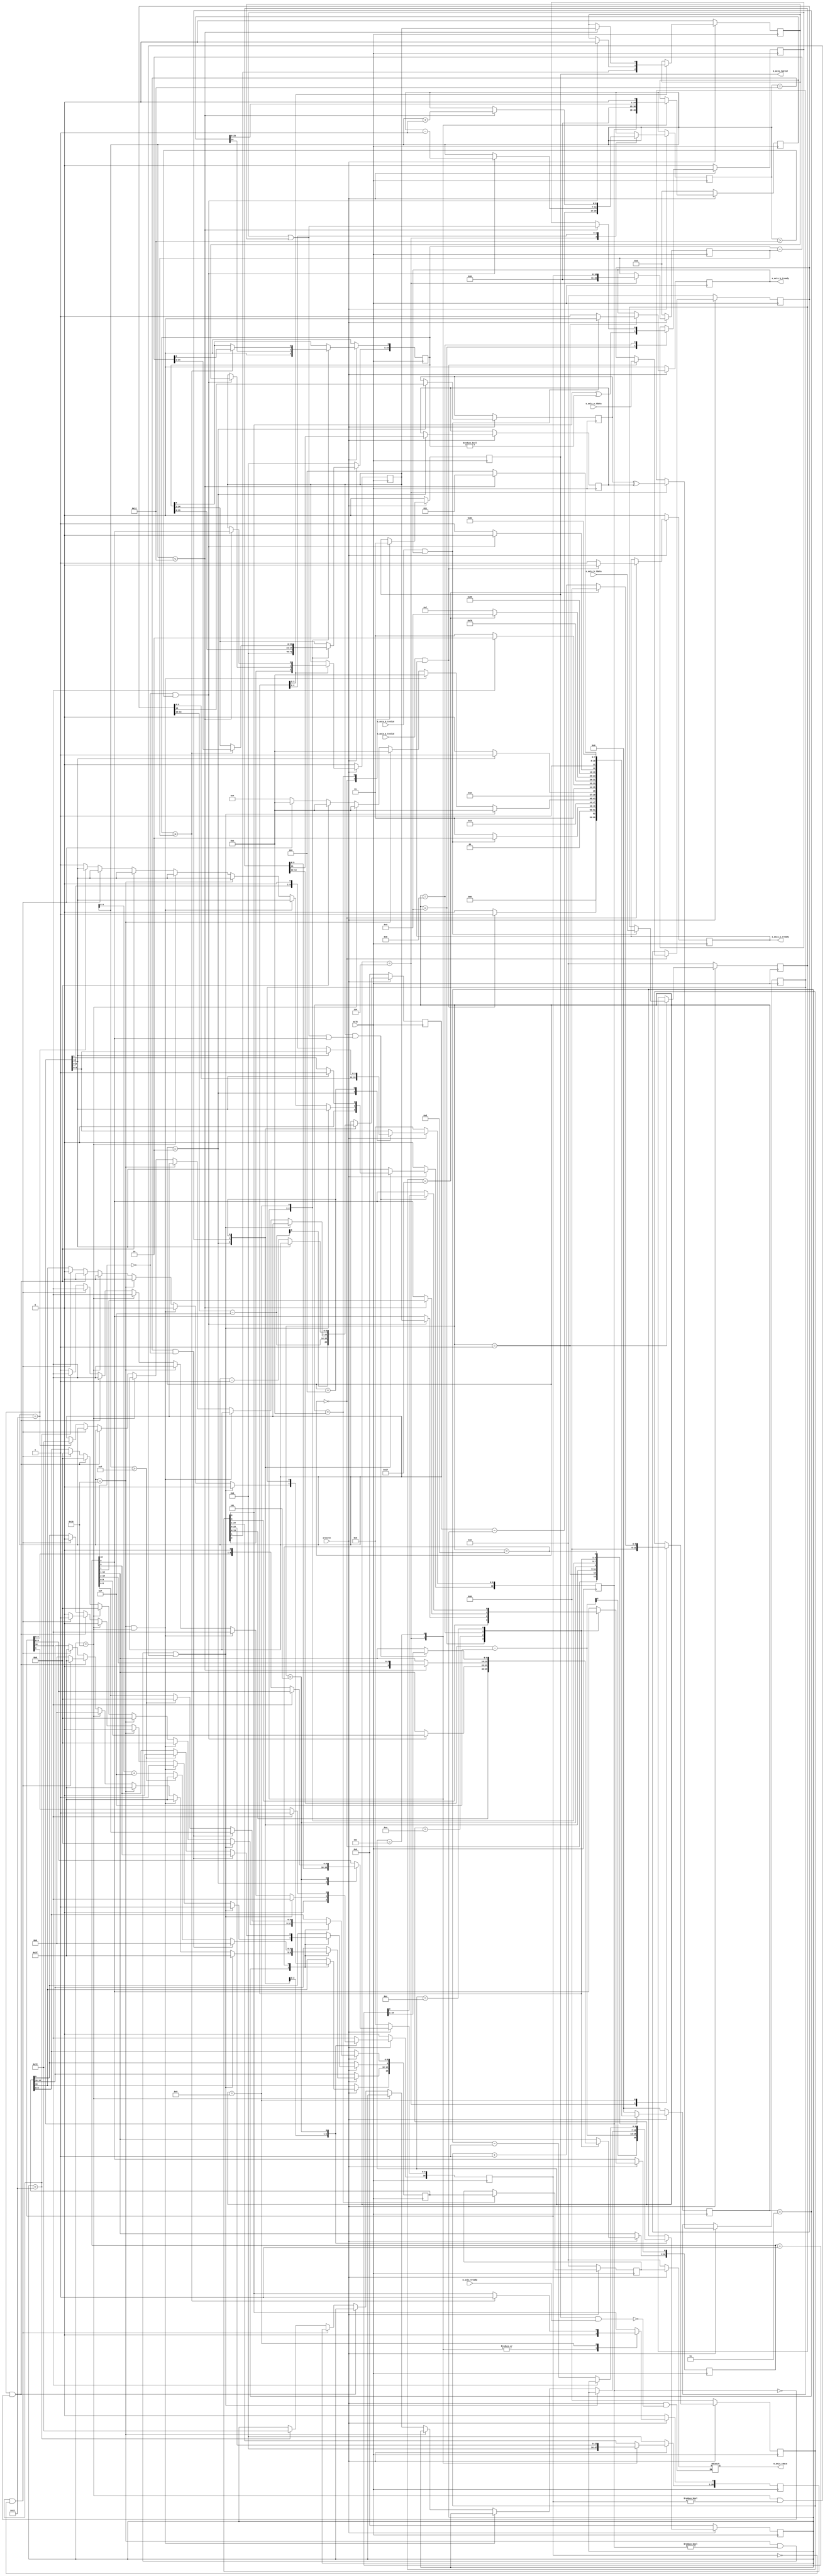
module tdiv #(
    parameter EXP = 5,
    parameter FRA = 10
) (
    input                   aclk,
    input                   aresetn,

    input   [EXP+FRA:0]     s_axis_a_tdata,
    input                   s_axis_a_tvalid,
    output  reg             s_axis_a_tready,

    input   [EXP+FRA:0]     s_axis_b_tdata,
    input                   s_axis_b_tvalid,
    output  reg             s_axis_b_tready,

    output  reg [EXP+FRA:0] m_axis_tdata,
    input                   m_axis_tready,
    output                  m_axis_tvalid
    
);

localparam  GET_A         = 4'd0,
            GET_B         = 4'd1,
            UNPACK        = 4'd2,
            SPECIAL_CASES = 4'd3,
            NORMALISE_A   = 4'd4,
            NORMALISE_B   = 4'd5,
            DIVIDE_0      = 4'd6,
            DIVIDE_1      = 4'd7,
            DIVIDE_2      = 4'd8,
            DIVIDE_3      = 4'd9,
            NORMALISE_1   = 4'd10,
            NORMALISE_2   = 4'd11,
            ROUND         = 4'd12,
            PACK          = 4'd13,
            PUT_Z         = 4'd14;

reg       [EXP+FRA:0] a, b, z;
reg                   a_s, b_s, z_s;
reg       [EXP+1:0]   a_e, b_e, z_e;
reg       [FRA:0]     a_m, b_m, z_m;

reg                   guard, round_bit, sticky;
reg       [2*FRA+4:0] quotient, divisor, dividend, remainder;
reg       [5:0]       count;

reg       [EXP+FRA:0] result;
reg                   ovalid;

reg       [3:0]       state_now,state_next;

always @(posedge aclk) begin
    if(aresetn == 1'b0)begin
        state_now <= GET_A;
    end
    else begin
        state_now <= state_next;
    end
end

always @(*) begin
    case(state_now)
        GET_A:begin
            if(s_axis_a_tvalid && s_axis_a_tready)
                state_next  <= GET_B;
            else 
                state_next  <= GET_A; 
        end
        GET_B:begin
            if(s_axis_b_tvalid && s_axis_b_tready)
                state_next  <= UNPACK;
            else 
                state_next  <= GET_B;
        end
        UNPACK:begin
            state_next  <= SPECIAL_CASES;
        end
        SPECIAL_CASES:begin
            //if a is NaN or b is NaN return NaN 
            if ((a_e == 2**(EXP-1) && a_m != 0) || (b_e == 2**(EXP-1) && b_m != 0)) begin
                state_next <= PUT_Z; 
            end 
            //if a is inf and b is inf return NaN
            else if ((a_e == 2**(EXP-1)) && (b_e == 2**(EXP-1))) begin
                state_next <= PUT_Z;
            end 
            //if a is inf return inf
            else if (a_e == 2**(EXP-1)) begin
                state_next <= PUT_Z;
            end 
            //if b is inf return zero
            else if (b_e == 2**(EXP-1)) begin
                state_next <= PUT_Z;
            end 
            //if a is zero return zero
            else if (($signed(a_e) == 1 - 2**(EXP-1)) && (a_m == 0)) begin
                state_next <= PUT_Z;
            end 
            //if b is zero return inf
            else if (($signed(b_e) == 1 - 2**(EXP-1)) && (b_m == 0)) begin
                state_next <= PUT_Z;
            end 
            else begin
                state_next <= NORMALISE_A;
            end
        end
        NORMALISE_A:begin
            if (a_m[FRA]) begin
                state_next <= NORMALISE_B;
            end else begin
                state_next <= NORMALISE_A;
            end
        end
        NORMALISE_B:begin
            if (b_m[FRA]) begin
                state_next <= DIVIDE_0;
            end else begin
                state_next <= NORMALISE_B;
            end
        end
        DIVIDE_0:begin
            state_next  <= DIVIDE_1;
        end
        DIVIDE_1:begin
            state_next  <= DIVIDE_2;
        end
        DIVIDE_2:begin
            if (count == 2*FRA+3) begin
                state_next <= DIVIDE_3;
            end else begin
                state_next <= DIVIDE_1;
            end
        end
        DIVIDE_3:begin
            state_next  <= NORMALISE_1;
        end
        NORMALISE_1:begin
            if (z_m[FRA] == 0 && $signed(z_e) > 2 - 2**(EXP-1)) begin
                state_next <= NORMALISE_1;
            end 
            else begin
                state_next <= NORMALISE_2;
            end
        end
        NORMALISE_2:begin
            if ($signed(z_e) < 2 - 2**(EXP-1)) begin
                state_next <= NORMALISE_2;
            end 
            else begin
                state_next <= ROUND;
        end
        end
        ROUND:begin
            state_next  <= PACK;
        end
        PACK:begin
            state_next  <= PUT_Z;
        end
        PUT_Z:begin
            state_next  <= GET_A;
        end
        default:begin
            state_next  <= GET_A;
        end
    endcase
end

always @(posedge aclk) begin
    if(aresetn == 1'b0)begin
        s_axis_a_tready <= 0;
        s_axis_b_tready <= 0;
        a               <= 0;
        b               <= 0;
        a_e             <= 0;
        b_e             <= 0;
        a_m             <= 0;
        b_m             <= 0;
        guard           <= 0;
        round_bit       <= 0;
        sticky          <= 0;
        quotient        <= 0;
        divisor         <= 0;
        dividend        <= 0; 
        remainder       <= 0;
        count           <= 0;
        result          <= 0;
        ovalid          <= 0;
    end
    else begin
        case(state_now)
            GET_A:begin
                ovalid  <= 1'b0;
                s_axis_a_tready <= 1'b1;        
                if(s_axis_a_tvalid && s_axis_a_tready)begin
                    a               <= s_axis_a_tdata;
                    s_axis_a_tready <= 1'b0;
                end
            end
            GET_B:begin
                s_axis_b_tready     <= 1'b1;
                if(s_axis_b_tvalid && s_axis_b_tready)begin
                    b               <= s_axis_b_tdata;
                    s_axis_b_tready <= 1'b0;
                end
            end
            UNPACK:begin
                a_s <= a[EXP+FRA];
                b_s <= b[EXP+FRA];
                a_e <= a[EXP+FRA-1 : FRA] - (2**(EXP-1) - 1);
                b_e <= b[EXP+FRA-1 : FRA] - (2**(EXP-1) - 1);
                a_m <= a[FRA - 1 : 0];
                b_m <= b[FRA - 1 : 0];
            end
            SPECIAL_CASES:begin
                //if a is NaN or b is NaN return NaN 
                if ((a_e == 2**(EXP-1) && a_m != 0) || (b_e == 2**(EXP-1) && b_m != 0)) begin
                    z[EXP+FRA]     <= 1'b1;
                    z[EXP+FRA:FRA] <= 2**EXP - 1;
                    z[FRA-1]       <= 1'b1;
                    z[FRA-2:0]     <= 0; 
                end 
                //if a is inf and b is inf return NaN
                else if ((a_e == 2**(EXP-1)) && (b_e == 2**(EXP-1))) begin
                    z[EXP+FRA]     <= 1'b1;
                    z[EXP+FRA:FRA] <= 2**EXP - 1;
                    z[FRA-1]       <= 1'b1;
                    z[FRA-2:0]     <= 0;
                end 
                //if a is inf return inf
                else if (a_e == 2**(EXP-1)) begin
                    //if b is zero return NaN
                    if ($signed(b_e == 1 - 2**(EXP-1)) && (b_m == 0)) begin
                        z[EXP+FRA]     <= 1'b1;
                        z[EXP+FRA:FRA] <= 2**EXP - 1;
                        z[FRA-1]       <= 1'b1;
                        z[FRA-2:0]     <= 0;
                    end
                    else begin
                        z[EXP+FRA]     <= a_s ^ b_s;
                        z[EXP+FRA:FRA] <= 2**EXP - 1;
                        z[FRA-1:0]     <= 0;
                    end
                end 
                //if b is inf return zero
                else if (b_e == 2**(EXP-1)) begin
                    z[EXP+FRA]     <= a_s ^ b_s;
                    z[EXP+FRA:FRA] <= 0;
                    z[FRA-1:0]     <= 0;
                end 
                //if a is zero return zero
                else if (($signed(a_e) == 1 - 2**(EXP-1)) && (a_m == 0)) begin
                    //if b is zero return NaN
                    if (($signed(b_e) == 1 - 2**(EXP-1)) && (b_m == 0)) begin
                        z[EXP+FRA]     <= 1'b1;
                        z[EXP+FRA:FRA] <= 2**EXP - 1;
                        z[FRA-1]       <= 1'b1;
                        z[FRA-2:0]     <= 0;
                    end
                    else begin
                        z[EXP+FRA]     <= a_s ^ b_s;
                        z[EXP+FRA:FRA] <= 0;
                        z[FRA-1:0]     <= 0;
                    end
                end 
                //if b is zero return inf
                else if (($signed(b_e) == 1 - 2**(EXP-1)) && (b_m == 0)) begin
                    z[EXP+FRA]     <= a_s ^ b_s;
                    z[EXP+FRA:FRA] <= 2**EXP - 1;
                    z[FRA-1:0]     <= 0;
                end 
                else begin
                    //Denormalised Number
                    if ($signed(a_e) == 1 - 2**(EXP-1)) begin
                        a_e <= 2 - 2**(EXP-1);
                    end 
                    else begin
                        a_m[FRA] <= 1'b1;
                    end
                    //Denormalised Number
                        if ($signed(b_e) == 1 - 2**(EXP-1)) begin
                            b_e <= 2 - 2**(EXP-1);
                        end 
                        else begin
                            b_m[FRA] <= 1'b1;
                        end
                end
            end
            NORMALISE_A:begin
                if (a_m[FRA] == 1'b0)begin
                    a_e <= a_e - 1;
                    a_m <= a_m << 1;
                end
            end
            NORMALISE_B:begin
                if (b_m[FRA] == 1'b0)begin
                    b_e <= b_e - 1;
                    b_m <= b_m << 1;
                end
            end
            DIVIDE_0:begin
                z_s       <= a_s ^ b_s;
                z_e       <= a_e - b_e;
                quotient  <= 0;
                remainder <= 0;
                count     <= 0;
                dividend  <= a_m << (FRA+4);
                divisor   <= b_m;
            end
            DIVIDE_1:begin
                quotient     <= quotient << 1;
                remainder    <= remainder << 1;
                remainder[0] <= dividend[2*FRA+4];
                dividend     <= dividend << 1;
            end
            DIVIDE_2:begin
                if (remainder >= divisor) begin
                    quotient[0] <= 1'b1;
                    remainder   <= remainder - divisor;
                end
                if (count == 2*FRA+3) begin
                    count <= 0;
                end 
                else begin
                    count <= count + 1;
                end
            end
            DIVIDE_3:begin
                z_m       <= quotient[FRA+3:3];
                guard     <= quotient[2];
                round_bit <= quotient[1];
                sticky    <= quotient[0] | (remainder != 0);
            end
            NORMALISE_1:begin
                if (z_m[FRA] == 1'b0 && $signed(z_e) > 2 - 2**(EXP-1)) begin
                    z_e       <= z_e - 1;
                    z_m       <= z_m << 1;
                    z_m[0]    <= guard;
                    guard     <= round_bit;
                    round_bit <= 0;
                end
            end
            NORMALISE_2:begin
                if ($signed(z_e) < 2 - 2**(EXP-1)) begin
                    z_e       <= z_e + 1;
                    z_m       <= z_m >> 1;
                    guard     <= z_m[0];
                    round_bit <= guard;
                    sticky    <= sticky | round_bit;
                end
            end
            ROUND:begin
                if (guard && (round_bit | sticky | z_m[0])) begin
                    z_m <= z_m + 1;
                    if (z_m == 54'hffffffffffffff) begin
                        z_e <=  z_e + 1;
                    end
                end
            end
            PACK:begin
                if ($signed(z_e) == 2 - 2**(EXP-1) && z_m[FRA] == 0) begin
                    z[EXP+FRA]       <= z_s;
                    z[EXP+FRA-1:FRA] <= 0;
                    z[FRA-1:0]       <= z_m[FRA-1:0];
                end
                //if overflow occurs, return inf
                else if ($signed(z_e) > 2**(EXP-1) - 1) begin
                    z[EXP+FRA]         <= z_s;
                    z[EXP+FRA-1 : FRA] <= 2**EXP - 1;
                    z[FRA-1 : 0]       <= 0;
                end
                else begin
                    z[EXP+FRA]       <= z_s;
                    z[EXP+FRA-1:FRA] <= z_e[EXP-1:0] + (2**(EXP-1) - 1);
                    z[FRA-1:0]       <= z_m[FRA-1:0];
                end
            end
            PUT_Z:begin
                result        <= z;
                ovalid        <= 1'b1;
            end
            default:;
        endcase
    end
end

assign m_axis_tvalid = ovalid;

always @(*) begin
    if(aresetn == 1'b0)begin
        m_axis_tdata  <= 0;
    end
    else if(m_axis_tvalid & m_axis_tready)begin
        m_axis_tdata  <= result;
    end
    else begin
        m_axis_tdata  <= m_axis_tdata;
    end
end

endmodule